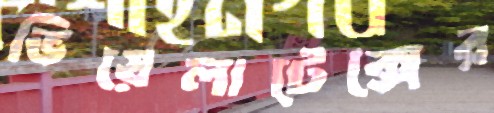
ভিয়েলাটেক্সের